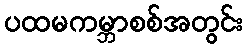
ပထမကမ္ဘာစစ်အတွင်း